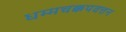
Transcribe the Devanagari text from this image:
धम्मचक्कपवत्तन